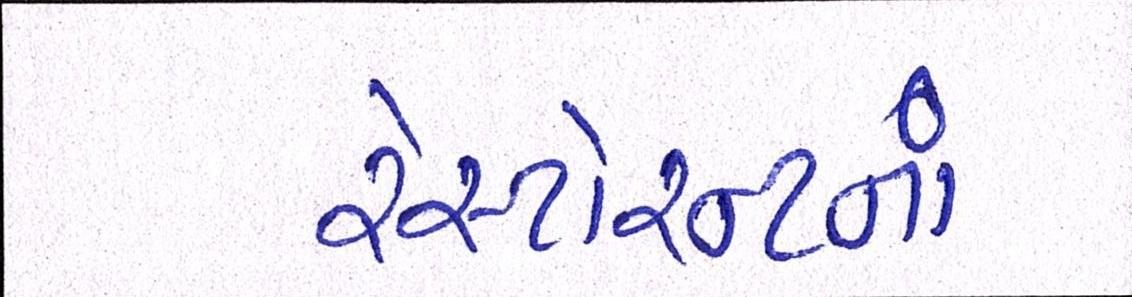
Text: રેસ્ટોરન્ટનાં